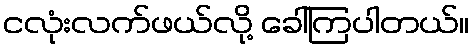
ငလုံးလက်ဖယ်လို့ ခေါ်ကြပါတယ်။